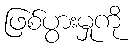
ဖြစ်ပွားမှုကို